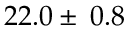
2 2 . 0 \pm \: 0 . 8